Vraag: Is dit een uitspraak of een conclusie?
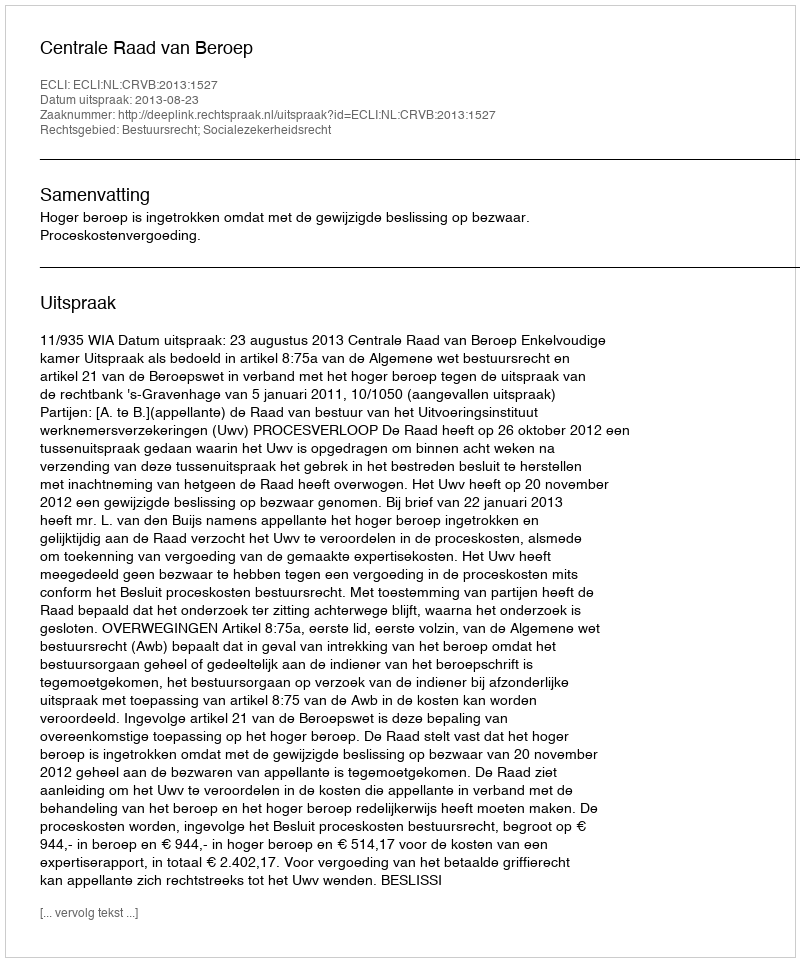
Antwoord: Uitspraak